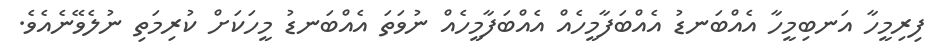
ފިރިމީހާ އަނބިމީހާ އެއްބަނޑު އެއްބަފާމީހެއް އެއްބަފާމީހެއް ނުވަތަ އެއްބަނޑު މީހަކަށް ކުރިމަތި ނުލެވޭނެއެވެ.